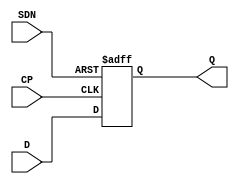
// This program was cloned from: https://github.com/intel/aib-phy-hardware
// License: Apache License 2.0

// SPDX-License-Identifier: Apache-2.0
// Copyright (C) 2019 Intel Corporation. All rights reserved
module aibcr3_ff_p ( 
	input wire CP,
	input wire SDN,
	input wire D,
	output reg Q
);

always@(posedge CP or negedge SDN) begin
	if (!SDN) begin
		Q <= 1'b1;
	end
	else begin
		Q <= D;
	end
end
endmodule